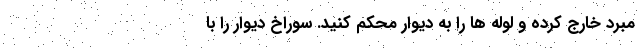
مبرد خارج کرده و لوله ها را به دیوار محکم کنید. سوراخ دیوار را با